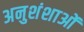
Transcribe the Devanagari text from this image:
अनुशंशाओं